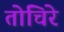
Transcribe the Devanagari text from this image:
तोचिरे